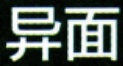
异面